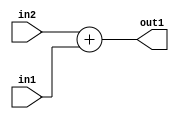
`timescale 1ps / 1ps
/*****************************************************************************
    Verilog RTL Description
    
    
    Created by: Stratus DpOpt 2019.1.01 
*******************************************************************************/

module feature_write_addr_gen_Add_32Ux1U_32U_4_0 (
	in2,
	in1,
	out1
	); /* architecture "behavioural" */ 
input [31:0] in2;
input  in1;
output [31:0] out1;
wire [31:0] asc001;

assign asc001 = 
	+(in2)
	+(in1);

assign out1 = asc001;
endmodule

/* CADENCE  ubDySAw= : u9/ySgnWtBlWxVPRXgAZ4Og= ** DO NOT EDIT THIS LINE ******/